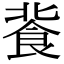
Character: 𩚾